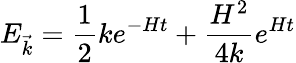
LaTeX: E_{\vec{k}}=\frac 12ke^{-Ht}+{\frac{H^{2}}{4k}}e^{Ht}